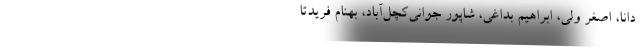
دانا، اصغر ولي، ابراهيم بداغي، شاپور جواني‌کچل‌آباد، بهنام فريدتا